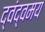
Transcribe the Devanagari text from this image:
द्वंद्वमय